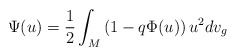
\begin{align*} \Psi(u) = \frac{1}{2}\int_M\left(1-q\Phi(u)\right)u^2dv_g \end{align*}